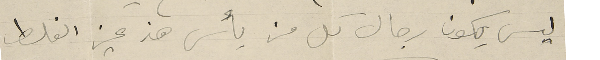
ليس يكون رجال كل من يأس هذ عين الغلط